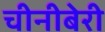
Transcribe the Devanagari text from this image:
चीनीबेरी